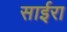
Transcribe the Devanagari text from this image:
साईरा